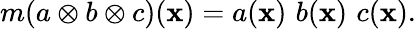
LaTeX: m(a\otimes b\otimes c){({\mathbf x)}}=a({\mathbf x})\, \, b({\mathbf x})\, \, c({\mathbf x}).